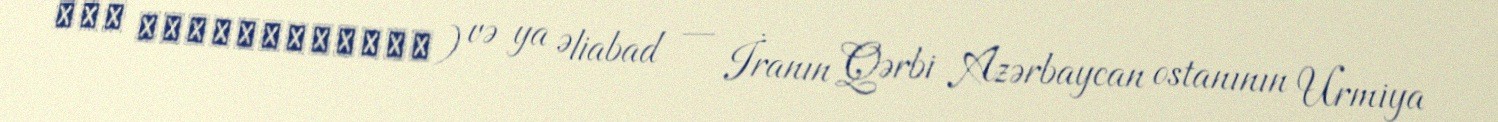
علي ابادباراندوز) və ya Əliabad — İranın Qərbi Azərbaycan ostanının Urmiya